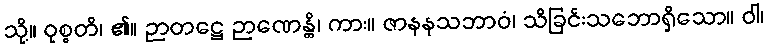
သို့။ ဝုစ္စတိ၊ ၏။ ဉာတဋ္ဌေ ဉာဏေန္တိ၊ ကား။ ဇာနနသဘာဝံ၊ သိခြင်းသဘောရှိသော။ ဝါ၊